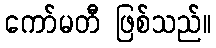
ကော်မတီ ဖြစ်သည်။